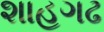
શાહગઢ